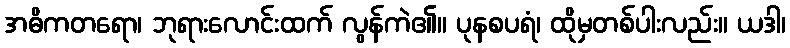
အဓိကတရော၊ ဘုရားလောင်းထက် လွန်ကဲ၏။ ပုနစပရံ၊ ထိုမှတစ်ပါးလည်း။ ယဒါ၊